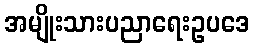
အမျိုးသားပညာရေးဥပဒေ